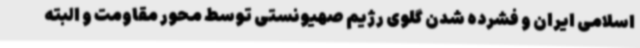
اسلامی ایران و فشرده شدن گلوی رژیم صهیونستی توسط محور مقاومت و البته